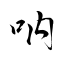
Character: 吶